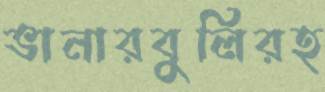
ভানারবুলিরহ